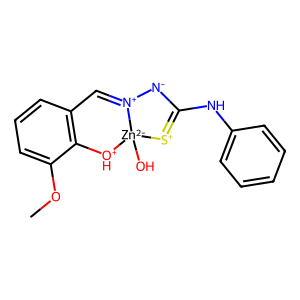
SMILES: COc1cccc2c1[OH+][Zn-2]1(O)[S+]=C(Nc3ccccc3)[N-][N+]1=C2
Inhibits HIV replication: No